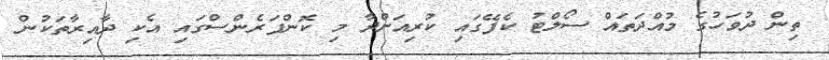
ތިން ދުވަހުގެ މުއްދަތައް ސޯލްޓު ކެފޭގައި ކުރިއަށްދާ މި ކޮންފަރެންސްގައި އެކި ދާއިރާތަކުން